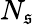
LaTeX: N_{\mathfrak{s}}